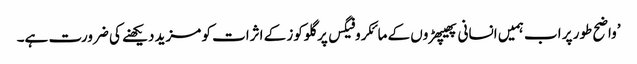
’واضح طور پر اب ہمیں انسانی پھیپھڑوں کے مائکروفیگس پر گلوکوز کے اثرات کو مزید دیکھنے کی ضرورت ہے۔